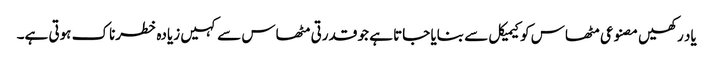
یاد رکھیں مصنوعی مٹھاس کو کیمیکل سے بنایا جاتا ہے جو قدرتی مٹھاس سے کہیں زیادہ خطرناک ہوتی ہے۔